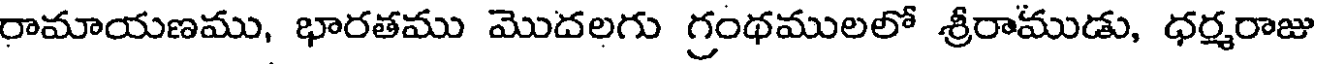
రామాయణము, భారతము మొదలగు గ్రంథములలో శ్రీరాముడు, ధర్మరాజు